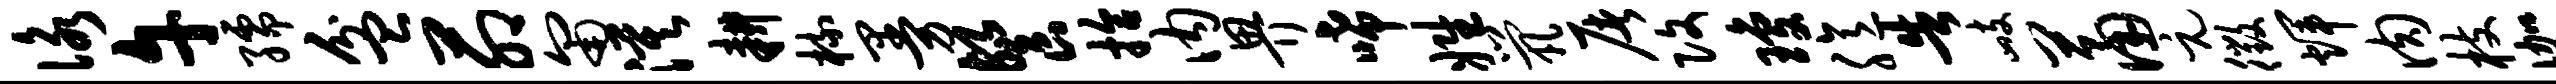
咏午孺盆茆匍漠耕梳曼餐拾内畀唏姓茕屠改琼臆告峙萧元徵辉肉枝伽